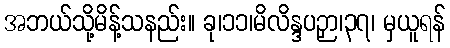
အဘယ်သို့မိန့်သနည်း။ ခု၊၁၁၊မိလိန္ဒပဉှာ၊၃၇၊ မှယူရန်